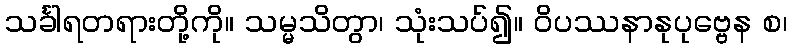
သင်္ခါရတရားတို့ကို။ သမ္မသိတွာ၊ သုံးသပ်၍။ ဝိပဿနာနုပုဗ္ဗေန စ၊